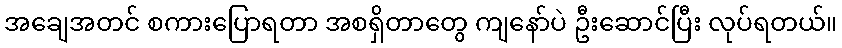
အချေအတင် စကားပြောရတာ အစရှိတာတွေ ကျနော်ပဲ ဦးဆောင်ပြီး လုပ်ရတယ်။